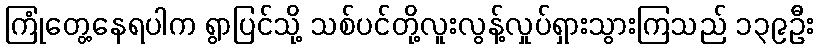
ကြုံတွေ့နေရပါက ရွာပြင်သို့ သစ်ပင်တို့လူးလွန့်လှုပ်ရှားသွားကြသည် ၁၃၉ဦး